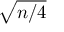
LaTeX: \sqrt { n / 4 }